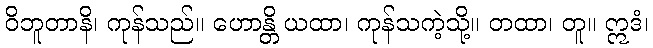
ဝိဘူတာနိ၊ ကုန်သည်။ ဟောန္တိ ယထာ၊ ကုန်သကဲ့သို့။ တထာ၊ တူ။ ဣဒံ၊